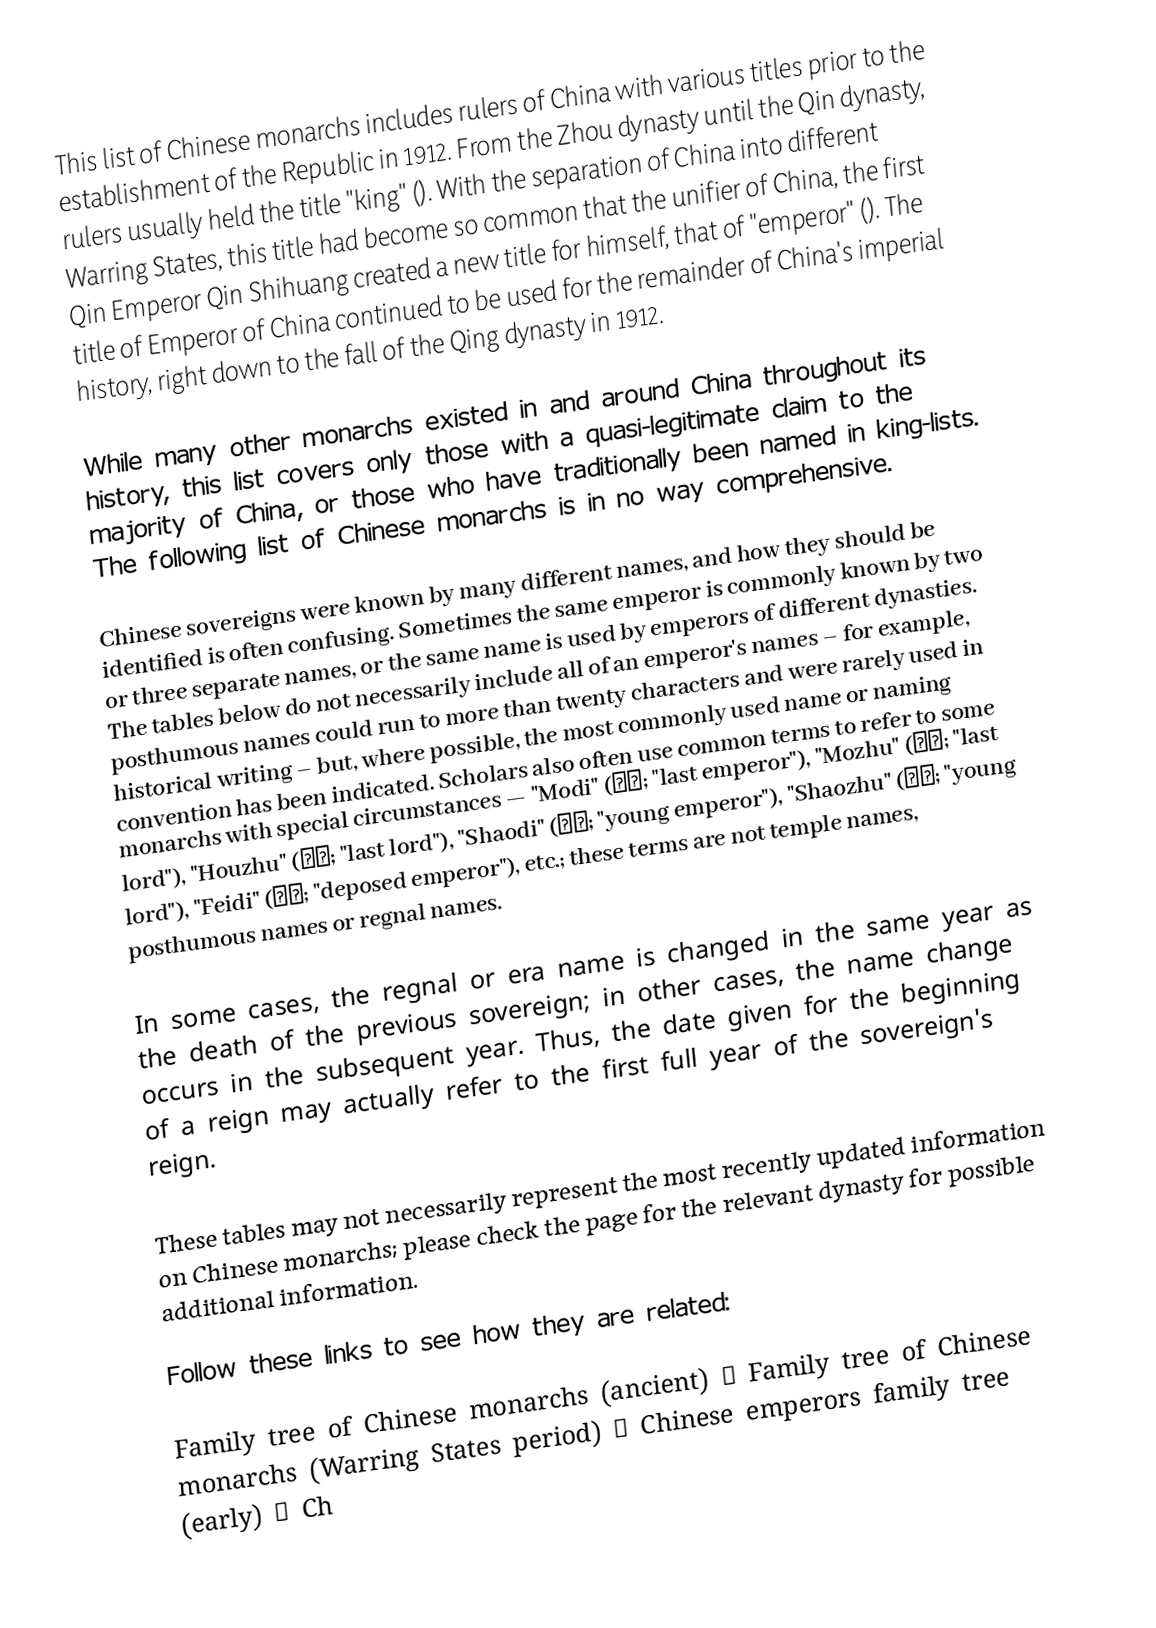
This list of Chinese monarchs includes rulers of China with various titles prior to the establishment of the Republic in 1912. From the Zhou dynasty until the Qin dynasty, rulers usually held the title "king" (). With the separation of China into different Warring States, this title had become so common that the unifier of China, the first Qin Emperor Qin Shihuang created a new title for himself, that of "emperor" (). The title of Emperor of China continued to be used for the remainder of China's imperial history, right down to the fall of the Qing dynasty in 1912.

While many other monarchs existed in and around China throughout its history, this list covers only those with a quasi-legitimate claim to the majority of China, or those who have traditionally been named in king-lists. The following list of Chinese monarchs is in no way comprehensive.

Chinese sovereigns were known by many different names, and how they should be identified is often confusing. Sometimes the same emperor is commonly known by two or three separate names, or the same name is used by emperors of different dynasties. The tables below do not necessarily include all of an emperor's names – for example, posthumous names could run to more than twenty characters and were rarely used in historical writing – but, where possible, the most commonly used name or naming convention has been indicated. Scholars also often use common terms to refer to some monarchs with special circumstances — "Modi" (末帝; "last emperor"), "Mozhu" (末主; "last lord"), "Houzhu" (後主; "last lord"), "Shaodi" (少帝; "young emperor"), "Shaozhu" (少主; "young lord"), "Feidi" (廢帝; "deposed emperor"), etc.; these terms are not temple names, posthumous names or regnal names.

In some cases, the regnal or era name is changed in the same year as the death of the previous sovereign; in other cases, the name change occurs in the subsequent year. Thus, the date given for the beginning of a reign may actually refer to the first full year of the sovereign's reign.

These tables may not necessarily represent the most recently updated information on Chinese monarchs; please check the page for the relevant dynasty for possible additional information.

Follow these links to see how they are related:

Family tree of Chinese monarchs (ancient) → Family tree of Chinese monarchs (Warring States period) →  Chinese emperors family tree (early) → Ch